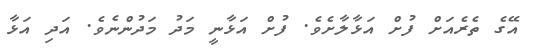
އޭގެ ތެރެއަށް ފުށް އަޅާލާށެވެ. ފުށް އަޅާނީ މަދު މަދުންނެވެ. އަދި އަޅާ